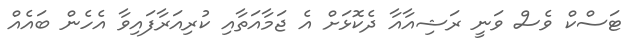
ޓަސްކް ވެސް ވަނީ ރަޝިއާއާ ދެކޮޅަަށް އެ ޖަމާއަތާއި ކުރިއަރާފައިވާ އެހެން ބައެއް